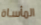
المأساة